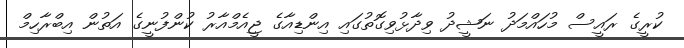
ކުރީގެ ރައީސް މުހައްމަދު ނަޝީދު ވިދާޅުވިގޮތުގައި އިންޑިއާގެ ޖީއެމްއާރު ކުންފުނީގެ އަތުން އިބްރާހިމް